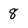
Character: 8